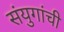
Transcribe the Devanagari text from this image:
संयुगांची